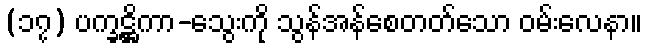
(၁၇) ပက္ခဋ္ဌိကာ-သွေးကို သွန်အန်စေတတ်သော ဝမ်းလေနာ။